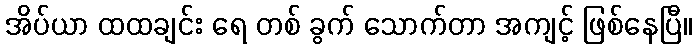
အိပ်ယာ ထထချင်း ရေ တစ် ခွက် သောက်တာ အကျင့် ဖြစ်နေပြီ။